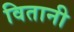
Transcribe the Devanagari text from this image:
वितानी